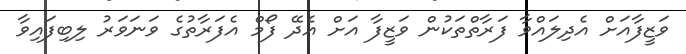
ވަޒީފާއަށް އެދިލައްވާ ފަރާތްތަކުން ވަޒީފާ އަށް އެދޭ ފޯމް އެފަރާތުގެ ވަނަވަރު ލިބިފައިވާ